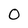
Character: 0